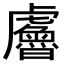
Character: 𧈘